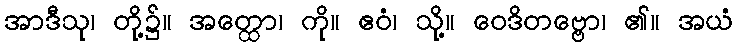
အာဒီသု၊ တို့၌။ အတ္ထော၊ ကို။ ဧဝံ၊ သို့။ ဝေဒိတဗ္ဗော၊ ၏။ အယံ